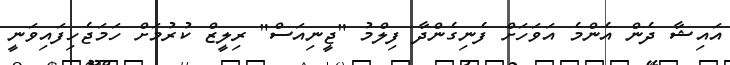
އައިޝާ ދެން އެންމެ އަވަހަށް ފެނިގެންދާ ފިލްމު "ޖީނިއަސް" ރިލީޒް ކުރުމަށް ހަމަޖެހިފައިވަނީ